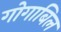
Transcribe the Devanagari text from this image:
गोगाबिल